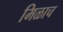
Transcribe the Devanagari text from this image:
मिळाच